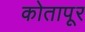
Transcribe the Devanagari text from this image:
कोतापूर